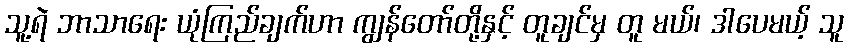
သူ့ရဲ ဘာသာရေး ယုံကြည်ချက်ဟာ ကျွန်တော်တို့နှင့် တူချင်မှ တူ မယ်၊ ဒါပေမယ့် သူ